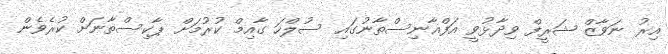
އިރު ނަވާޒް ޝަރީފް ވިދާޅުވީ އަފްޣާނިސްތާނުގައި ސުލްހަ ގާއިމް ކުރުމަށް ޕާކިސްތާނަށް ކުރެވެން